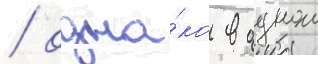
/ одна́ко в однои